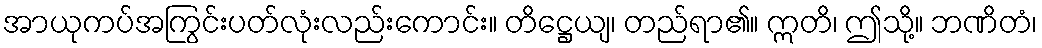
အာယုကပ်အကြွင်းပတ်လုံးလည်းကောင်း။ တိဋ္ဌေယျ၊ တည်ရာ၏။ ဣတိ၊ ဤသို့။ ဘဏိတံ၊